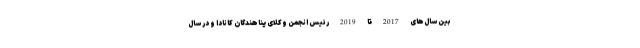
بین سال‌های 2017 تا 2019 رئیس انجمن وکلای پناهندگان کانادا و در سال